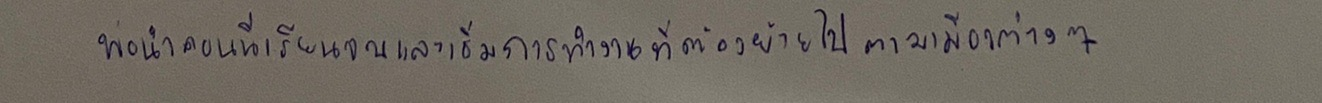
พ่อนำคอนนี่เรียนจบและเริ่มการทำงานที่ต้องย้ายไปตามเมืองต่างๆ